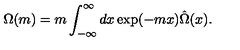
\Omega ( m ) = m \int _ { - \infty } ^ { \infty } d x \exp ( - m x ) \hat { \Omega } ( x ) .